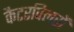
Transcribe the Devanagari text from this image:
कैटरपिलरों